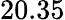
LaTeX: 20.35